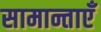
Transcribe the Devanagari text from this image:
सामान्ताएँ